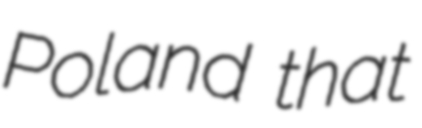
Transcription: Poland that